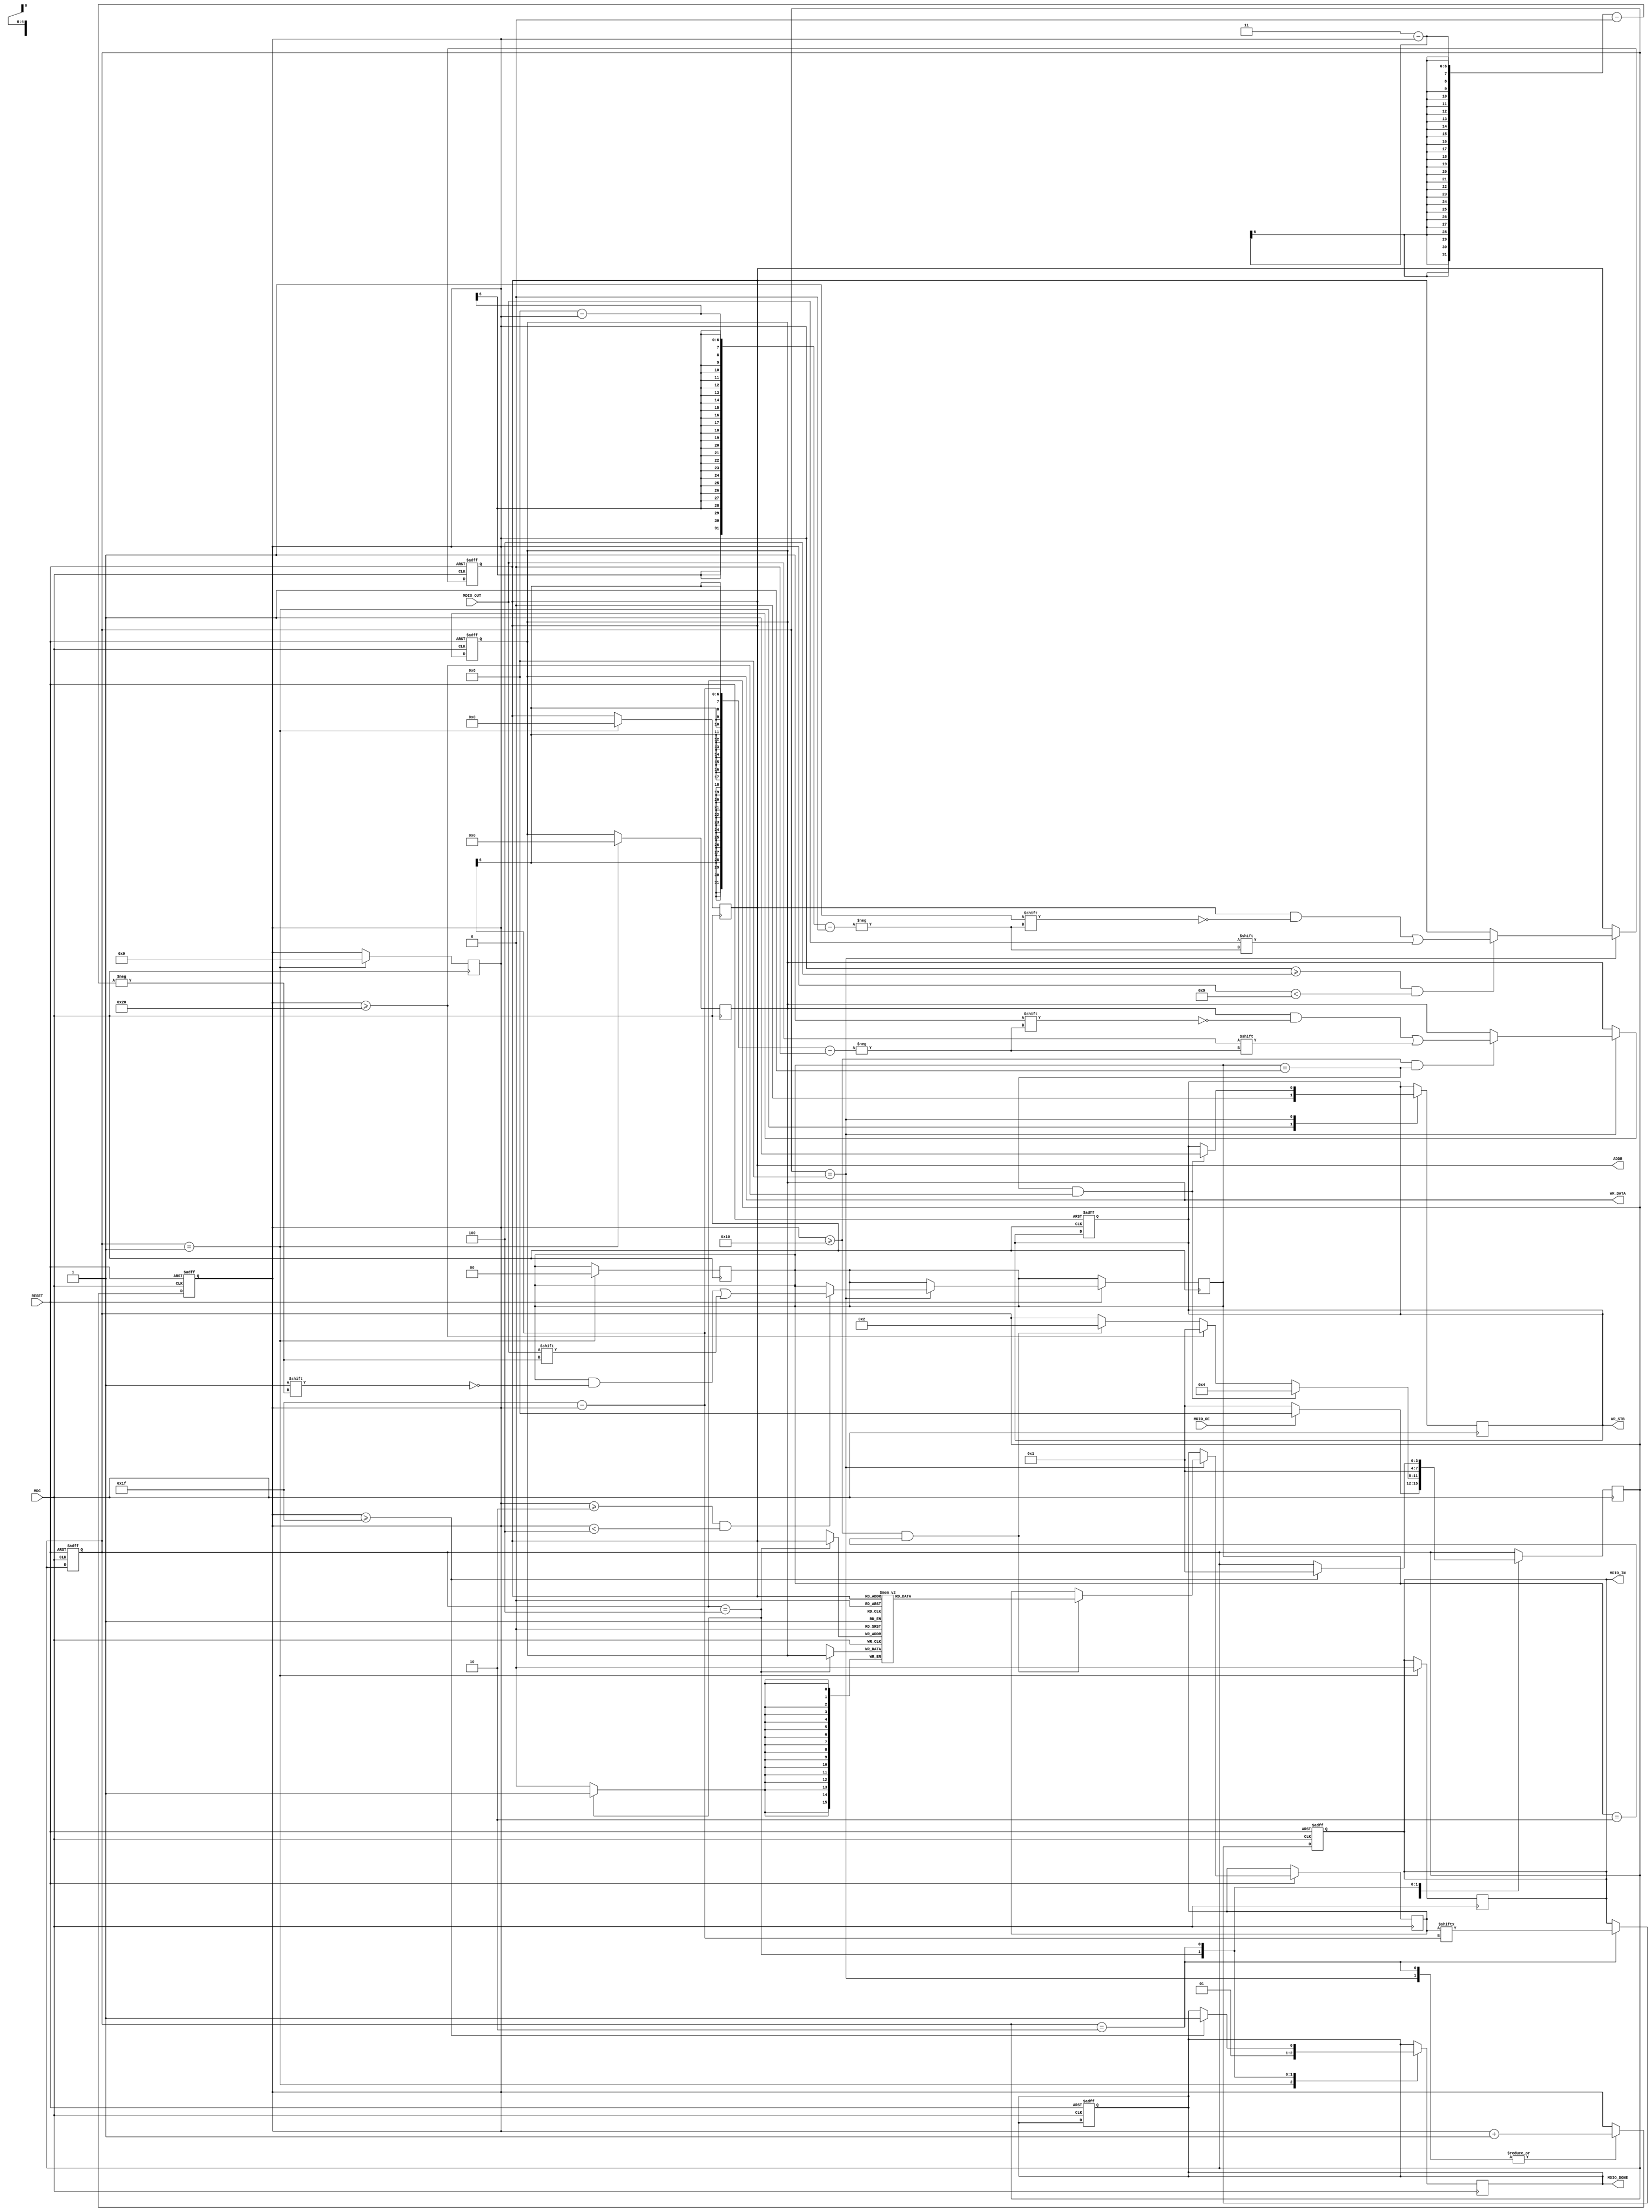
module mdio_receptor (
    input wire MDC,
    input wire RESET,
    input wire MDIO_OUT,
    input wire MDIO_OE,
    output reg MDIO_DONE,
    output reg MDIO_IN,
    output reg [4:0] ADDR,
    output reg [15:0] WR_DATA,
    output reg WR_STB

);
    reg [15:0] RD_DATA;
    reg [3:0] state;
    reg [5:0] counter;      //debe contar de 0 hasta 31 (5bits)
    reg [15:0] mem [0:31];   // Memoria
    reg [1:0] tipo;
    
    integer i;
    initial begin
        for (i = 0; i < 32; i = i + 1) begin
            mem[i] = 16'b0;
            if (i==3) begin   //En la posicin 3 de memoria almacenamos AAAA
                mem[i] = 16'h2AAA;
            end
        end
    end

    localparam IDLE = 4'd1, // One hot
               READ = 4'd2,
               WRITE = 4'd4,
               ACTIVE = 4'd8;


    always @(posedge MDC or negedge RESET) begin
    if (!RESET) begin  //RESET activo en bajo
        MDIO_DONE <= 0;
        MDIO_IN <= 0;
        ADDR <= 0;
        WR_DATA <= 0;
        WR_STB <= 0;
        counter <= 0;
        state <= IDLE;

        end else begin
        case (state)
            ACTIVE: begin 
                if( counter >=2 && counter < 4 ) begin
                    tipo[3-counter]<=MDIO_OUT;
                end
                if( counter >=4 && counter < 9 )  begin
                    ADDR[8-counter] <= MDIO_OUT;
                end
                if (counter>=16 && tipo == 2'b01) begin
                    WR_DATA[31-counter] <= MDIO_OUT;
                end
                if (counter>=16 && tipo == 2'b10) begin
                    RD_DATA <= mem[ADDR];
                end
                counter <= counter+1;
            end

            READ: begin
                MDIO_IN <= RD_DATA[31-counter];
                counter <= counter+1;
            end 

        endcase
        end
    end 

// logica de proximo estado
always @(posedge MDC) begin
    case (state)
        IDLE: begin
            MDIO_DONE = 0;
            MDIO_IN = 0;
            ADDR = 0;
            WR_DATA = 0;
            WR_STB = 0;
            counter = 0;
            tipo=0;

            if (MDIO_OE) begin
                state = ACTIVE;
            end
            else begin
                state = IDLE;
            end   
        end

        ACTIVE: begin
            if (tipo == 2'b10 && counter>=16) begin
                state = READ;
                end 
            if (tipo == 2'b01 && counter>=32) begin
                WR_STB = 1;
                state = WRITE;
            end 
            else if (counter>=32) begin
                state = IDLE;
            end
        end
        
        WRITE: begin
            MDIO_DONE = 1;
            mem[ADDR] = WR_DATA;
            state = IDLE;
        end

        READ: begin
            if (counter>=31) begin
            MDIO_DONE = 1;
            state = IDLE;
            end
        end

    endcase 
end 

endmodule